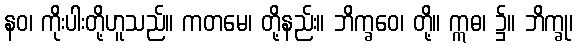
နဝ၊ ကိုးပါးတို့ဟူသည်။ ကတမေ၊ တို့နည်း။ ဘိက္ခဝေ၊ တို့။ ဣဓ၊ ၌။ ဘိက္ခု၊